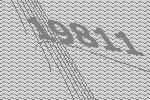
19811